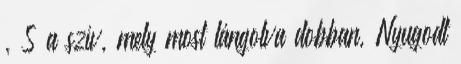
, S a szív, mely most lángolva dobban, Nyugodt